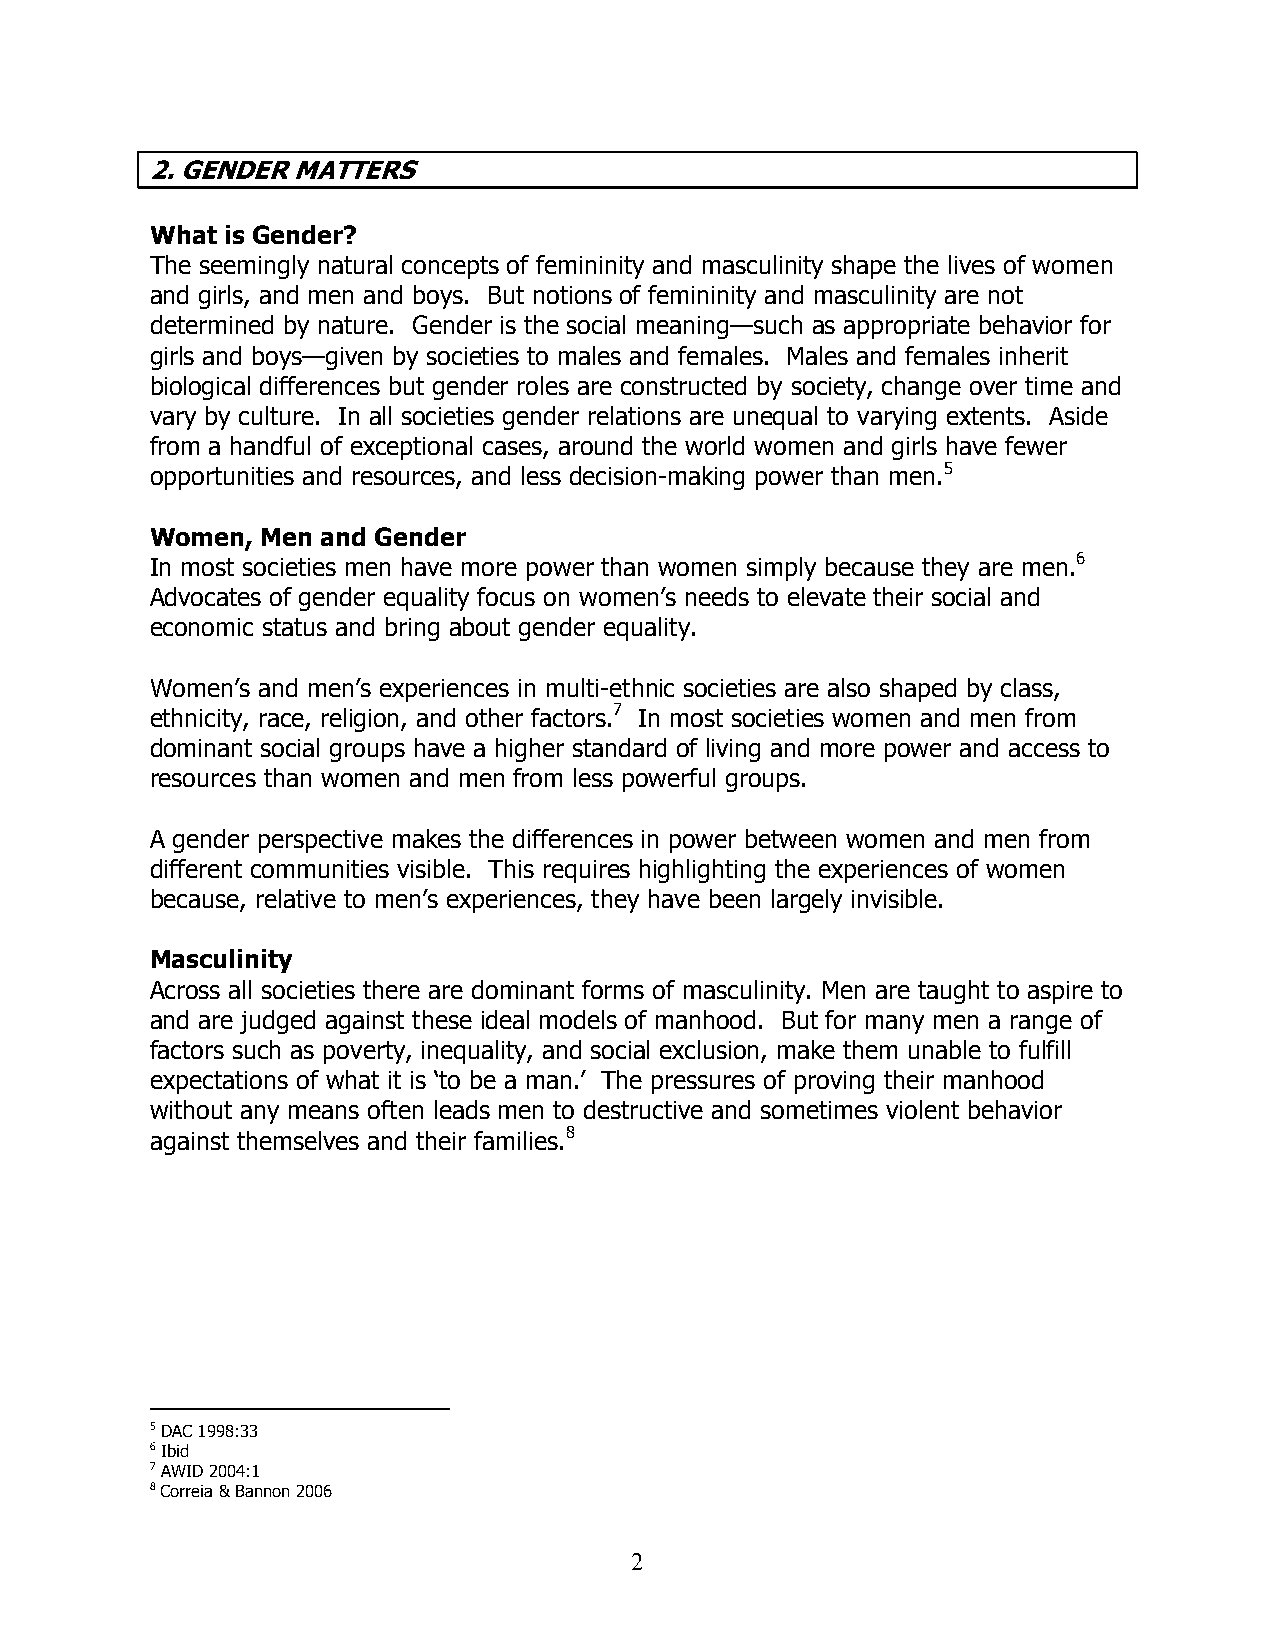
2. GENDER MATTERS
 What is Gender?
 The seemingly natural concepts of femininity and masculinity shape the lives of women
 and girls, and men and boys. But notions of femininity and masculinity are not
 determined by nature. Gender is the social meaning—such as appropriate behavior for
 girls and boys—given by societies to males and females. Males and females inherit
 biological differences but gender roles are constructed by society, change over time and
 vary by culture. In all societies gender relations are unequal to varying extents. Aside
 from a handful of exceptional cases, around the world women and girls have fewer
 opportunities and resources, and less decision-making power than men.5
 Women, Men and Gender
 In most societies men have more power than women simply because they are men.6
 Advocates of gender equality focus on women’s needs to elevate their social and
 economic status and bring about gender equality.
 Women’s and men’s experiences in multi-ethnic societies are also shaped by class,
 ethnicity, race, religion, and other factors.7 In most societies women and men from
 dominant social groups have a higher standard of living and more power and access to
 resources than women and men from less powerful groups.
 A gender perspective makes the differences in power between women and men from
 different communities visible. This requires highlighting the experiences of women
 because, relative to men’s experiences, they have been largely invisible.
 Masculinity
 Across all societies there are dominant forms of masculinity. Men are taught to aspire to
 and are judged against these ideal models of manhood. But for many men a range of
 factors such as poverty, inequality, and social exclusion, make them unable to fulfill
 expectations of what it is ‘to be a man.’ The pressures of proving their manhood
 without any means often leads men to destructive and sometimes violent behavior
 against themselves and their families.8
 5 DAC 1998:33
 6 Ibid
 7 AWID 2004:1
 8 Correia & Bannon 2006
 2